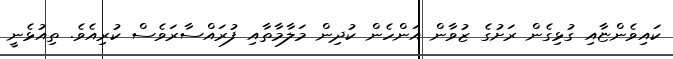
ކައިވެންޏާއި ގުޅިގެން ރަށުގެ ޒުވާން އަންހެން ކުދިން މަލާމާތާއި ފުރައްސާރަވެސް ކުރިއެވެ. ތިއުޅެނީ